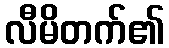
လီမိတက်၏